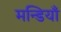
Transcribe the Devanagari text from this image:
मन्डियाँ